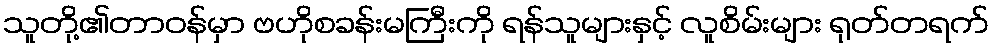
သူတို့၏တာဝန်မှာ ဗဟိုစခန်းမကြီးကို ရန်သူများနှင့် လူစိမ်းများ ရုတ်တရက်